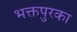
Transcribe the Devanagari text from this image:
भक्तपुरका